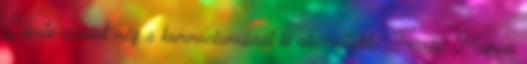
László szerint még a kommunizmusnál is aberráltabb? Forrás: Magyar